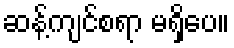
ဆန့်ကျင်စရာ မရှိပေ။